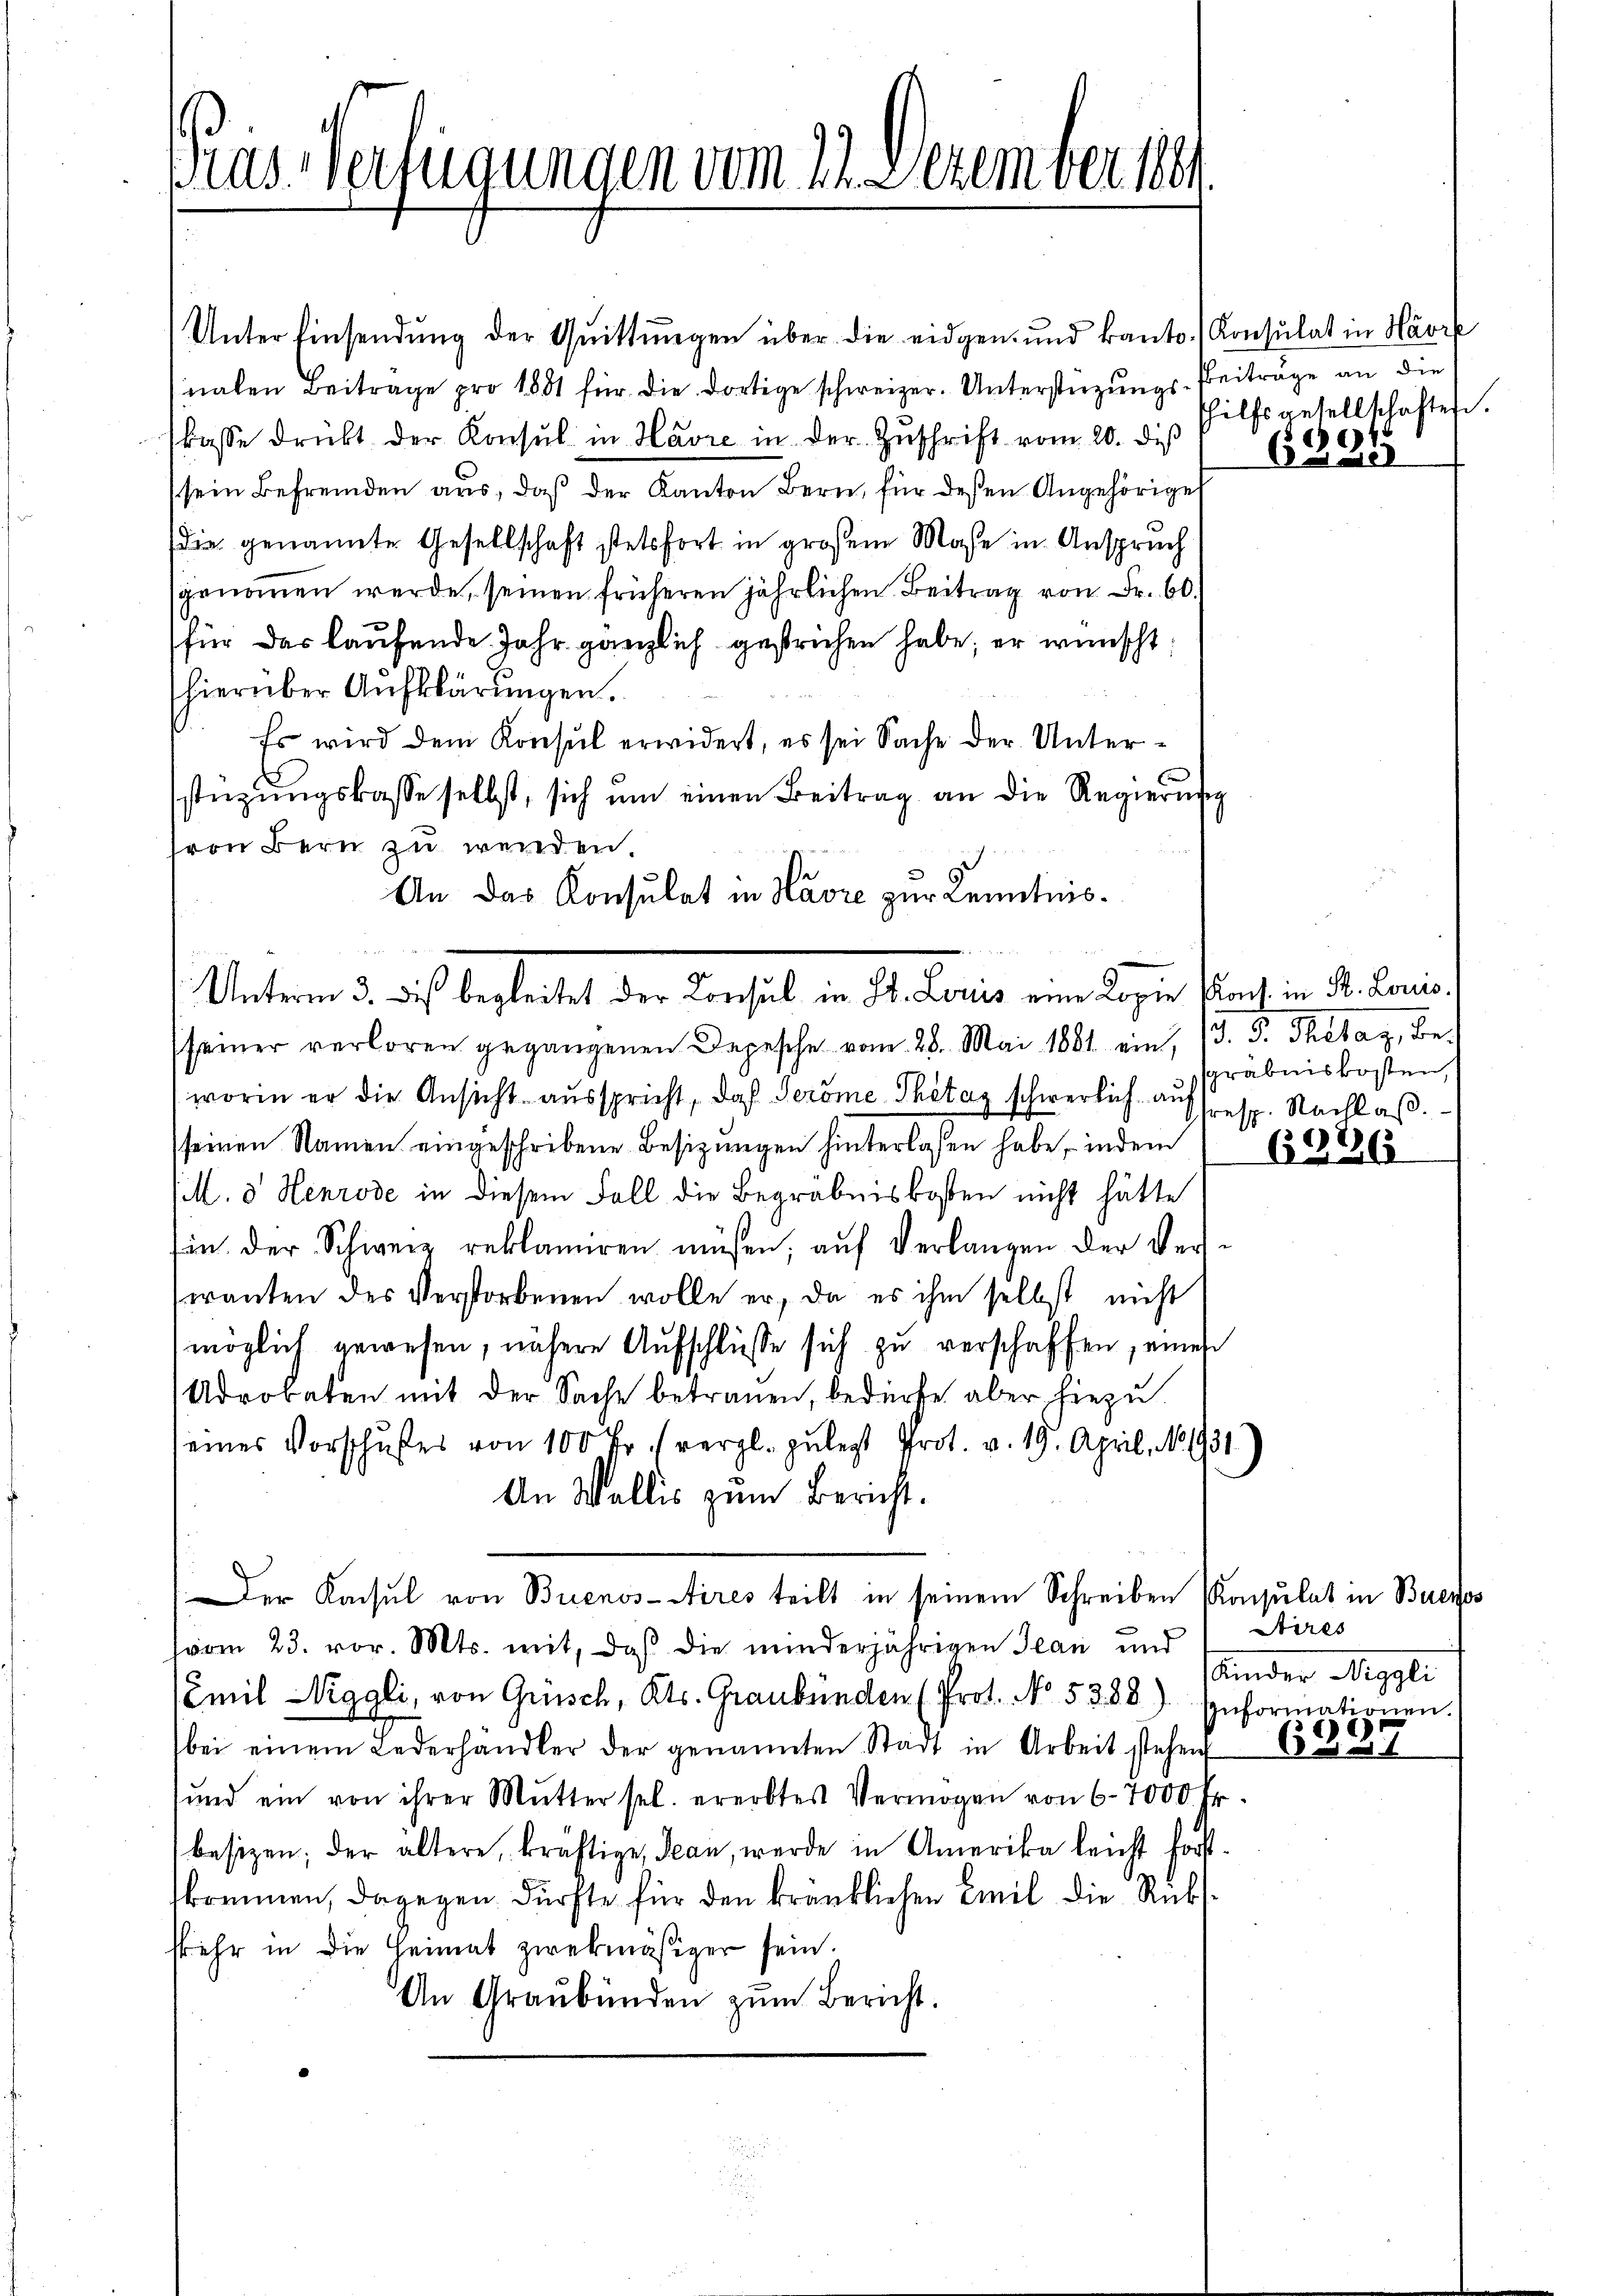
ras Verfügungen vom 22. Dezember 186.

Unterm 3. des bestreitet der Konsul in St. Paris eine Lager Punct in d. Janua

Unter Einsendung der Quittungen über die eidgen- und kanto. Konsulat in Havre
nalen Beitrage pro 1881 für die dortige schweizer. Unterstüzungs-Beitrage an die
kasse drückt der Konsul in Havre in der Zŭschrift vom 20. des
sein Befremden aus, daß der Kanton Bern, für deßen Angehörige
(die genannte Gesellschaft stetsfort in großem Mase in Anspruch
sgenomen werde, seinen früheren jährlichen Beitrag von Fr. 60.
für das laufende Jahr gänzlich gestrichen habe; er wünscht:
hierüber Aufklärungen.
Es wird dem Konsul erwidert, es sei Sache der Unterstüzŭngskasse selbst, sich ŭm einen Beitrag an die Regierŭng
von Bern zu werden.
An das Konsulat in Havre zur Kenntnis.
seiner verloren gegangenen Depesche vom 28. Mai 1881 ein, 13. S. Thetag, Be-
worin er die Ansicht ausspricht, daß Seröme Thötag schwerlich auf resp. Nachlaß.
seinen Namen eingeschribene Besitzŭngen hinterlassen habe, indem 1 (2088263
(Mt. d Henrode in diesem Fall die Begräbniskosten nicht hätte
sin der Schweiz reklamiren müssen, aŭf Verlangen der Vers
wanten des Verstorbenen wolle er, da es ihm selbst nicht
möglich gewesen, nähere Aufschlüsse sich zu verschaffen, einen
Adrobeten mit der Sache betrauen, bedürfe aber hiezu
eines Vorschußes von 100 Fr. (vergl. zulegt Prot. v. 19. April, No. 1931
An Wallis zum Bericht.
Der Konsul von Buenos-Aires teilt in seinem Schreiben Konsulat in Buenos
(vom 23. vor. Mts. mit, daß die minderjährigen Jean und 1 Stires
(Emil Niggli, von Quisch, Kts. Graubünden (Prot. No. 5288)
bei einem Lederhändler der genannten Stadt in Arbeit stehen
ŭnd ein von ihrer Mŭtter sel. ererbtes Vermögen von 6-7000. Fr.
besizen; der ältere, kräftige, Jean, werde in Amerika leicht forstkommen, dagegen dürfte für den kränklichen Emil die Rükskehr in die Heimat zwekmäßiger sein.
An Graubünden zŭm Bericht.

hilfsgesellschaften.
661.

ael

sgräbniskosten,

Kinder Reggli
zuformationen.
66)